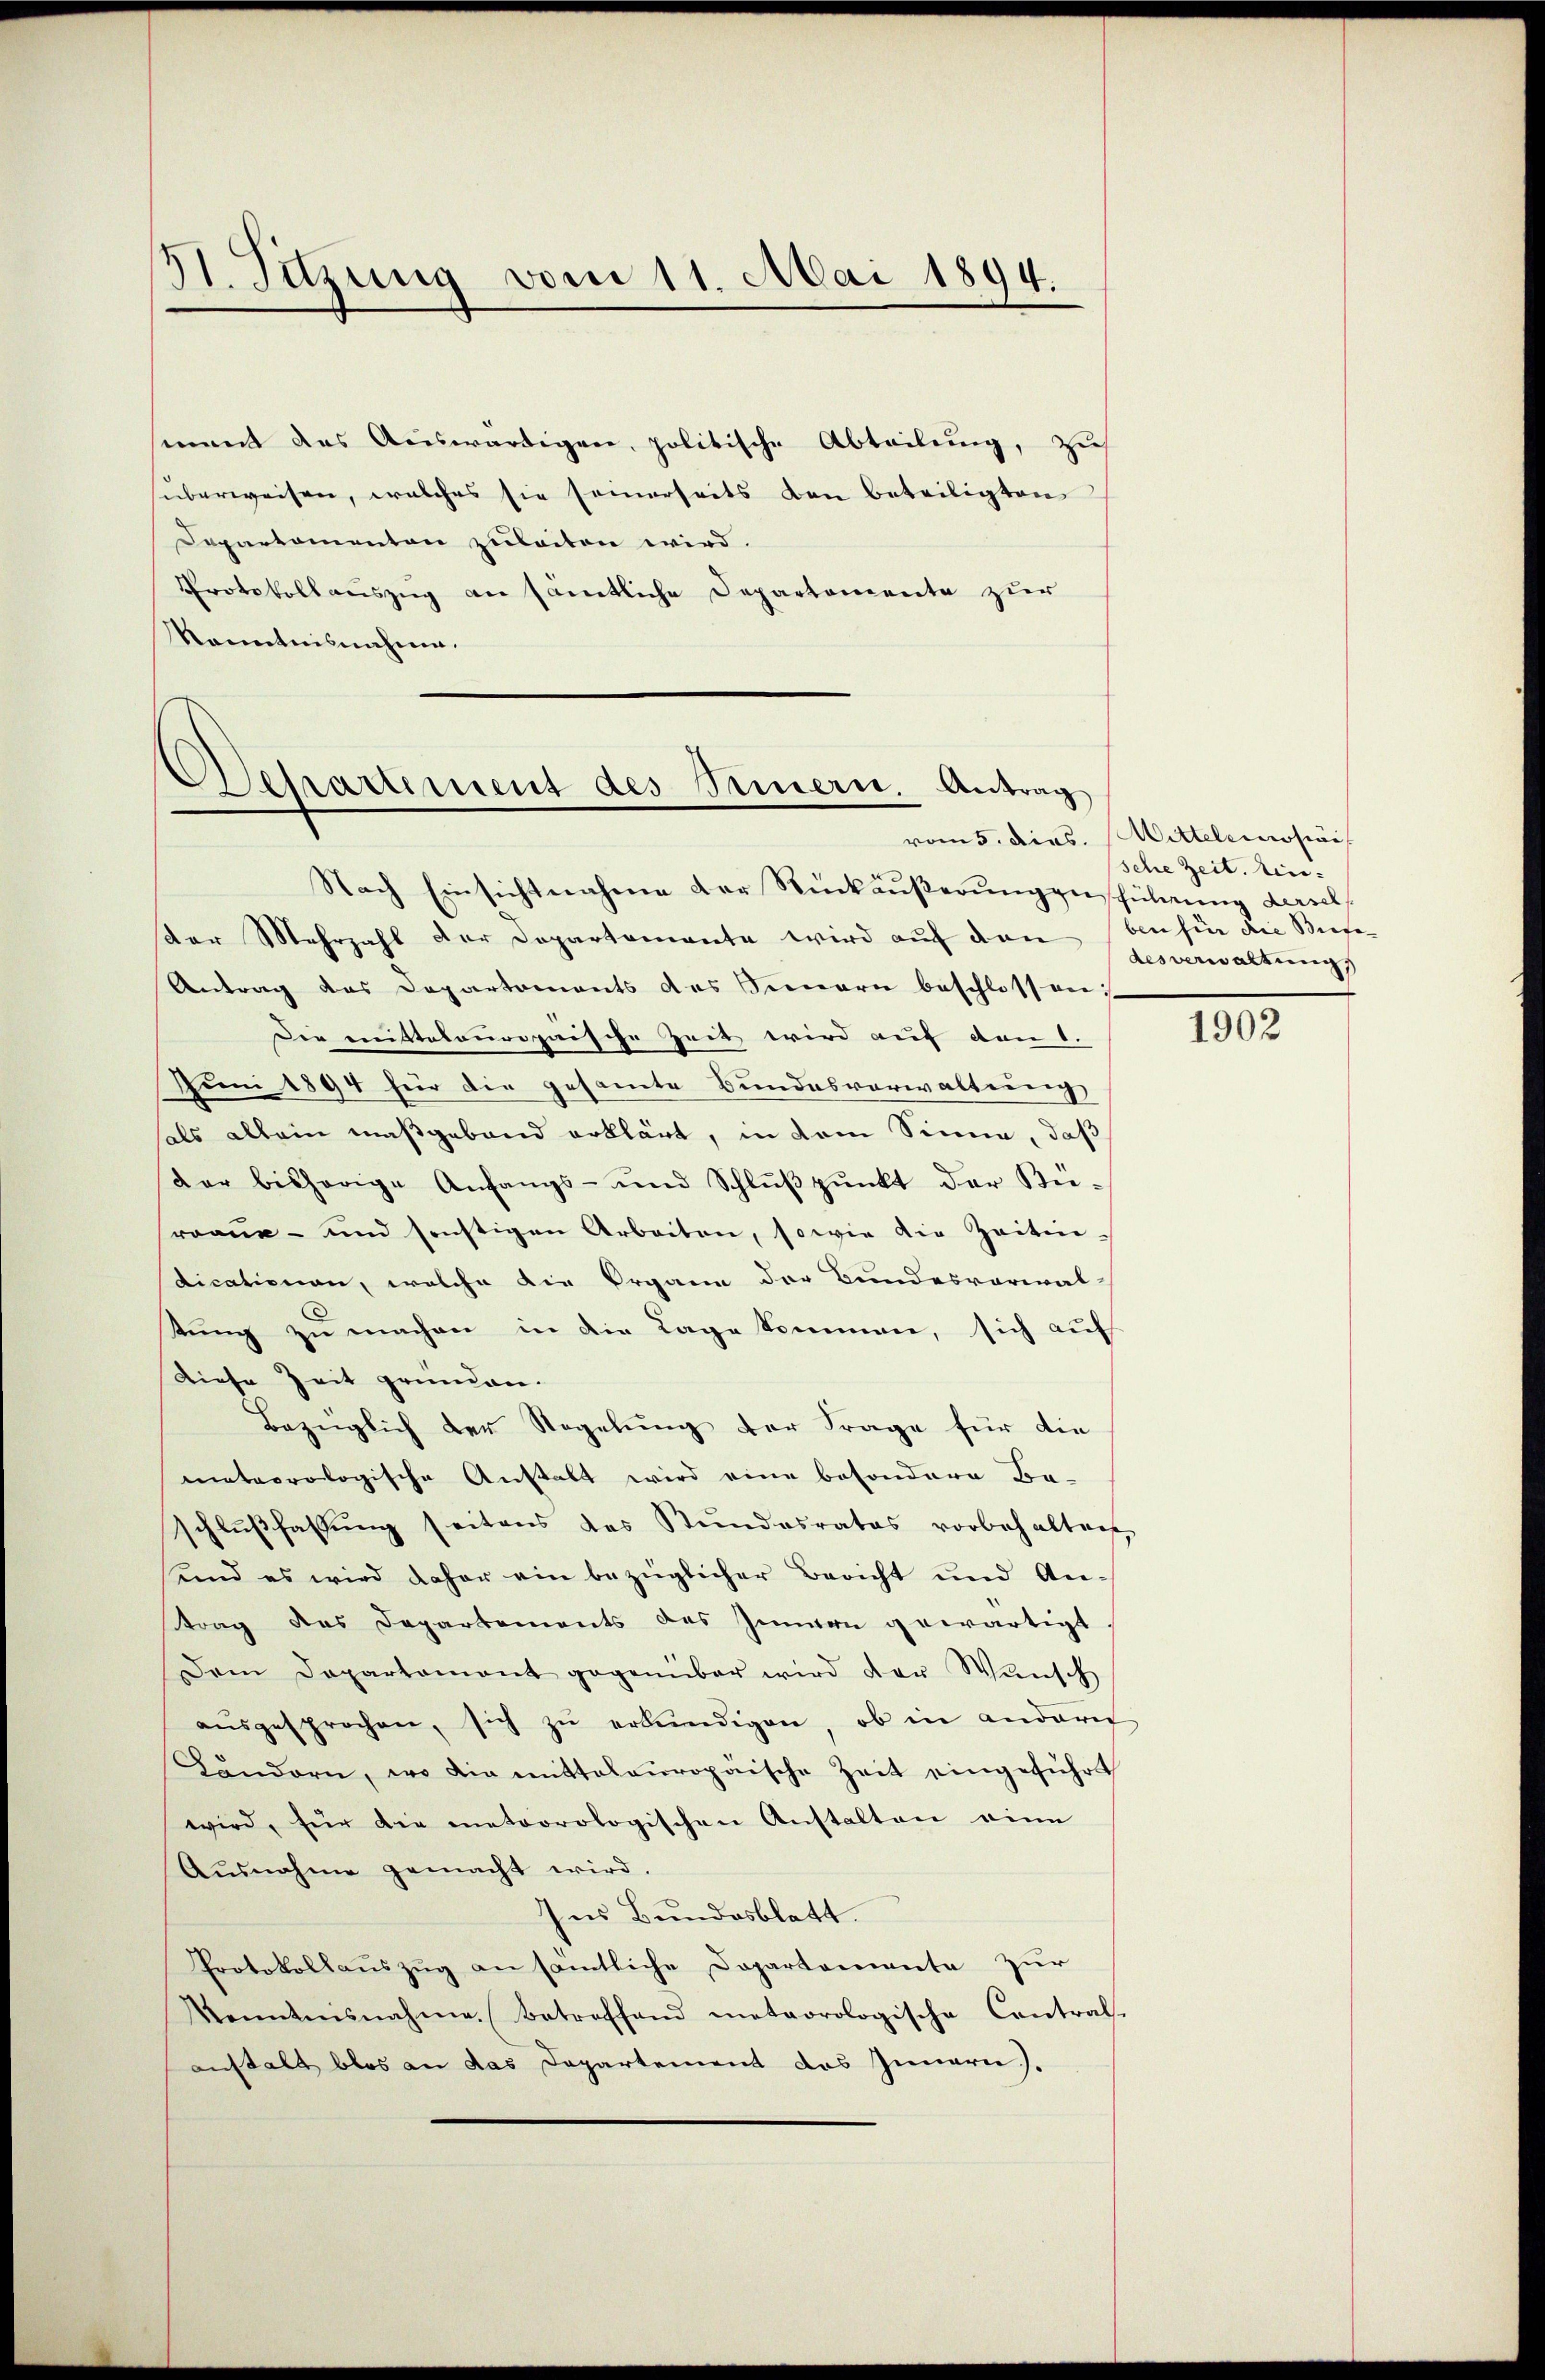
3t. Sitzung vom 11. Mai 1894.

ment des Auswärtigen, politische Abteilung, zus
überweisen, welches sie seinerseits den beteiligten
Departementon zuleiten wird.
Protokollauszug an sämtliche Departemente zur
Kenntnisnahme.

Separtement des Innern. Antrag

Nach Einsichtnahme der Rückäußerung ausführung derset
der Mehrzahl der Departemente wird auf den (benhin die Bese¬
Antrag das Departements des Sinnern beschlossen:
Die mittelouropaische Zeit wird auf den 1.
Juni 1894 für die gesamte Bundesverwaltung
hals allein maßgeband erklärt, in dem Sinne, daß
dar bisherige Anfangs- und Schlŭβpŭnkt der Rü-
roane- und sonstigen Arbeiten, sowie die Zeiten-
dicationen, welche die Organn der Bundesverwal-
tung zu machen in die Lage kommen, sich auf
Diese Zeit gründen.
Bezüglich der Regelung der Frage für die
meteorologische Anstalt wird eine besondere Be-
schlŭβfassŭng seitens des Stŭndesrates vorbehalten,
und es wird daher ein bezüglicher Bericht und An-
trag des Departements des Innern gewärtigt
Dem Departament gegenüber wird der Wünsch
aŭsgesprochen, sich zŭ erkundigen, ob in anderig
Ländern, wo die mittelauropäische Zeit eingeführt
wird, für die meteorologischen Anstalten eine
Aŭsnahme gemacht wird.
Ins Bundesblatt.
Protokollaŭszŭg an sämtliche Departemente zur
Kenntnisnahme. Betreffend meteorologische Contral-
anstalt blos an das Departement des Innern.

vom 5. Dies. Wittellosion
sche Zeit. Ein-
desverwaltung

1902